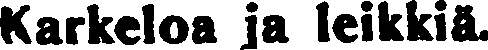
Karkeloa ja leikkiä.